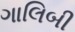
ગાલિબી